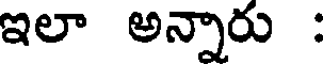
ఇలా అన్నారు :